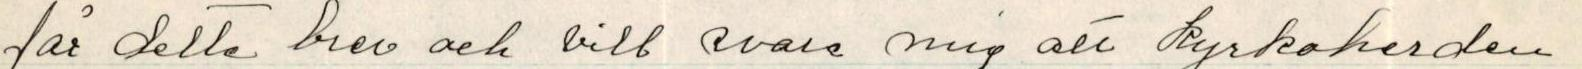
får detta brev och vill svara mig att kyrkoherden